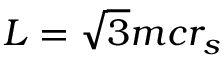
{ \cal { L } } = \sqrt { 3 } m c r _ { s }